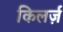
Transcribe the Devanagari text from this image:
किलर्ज़